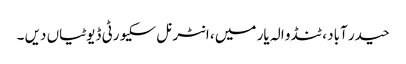
حیدر آباد ، ٹنڈو الہ یار میں ، انٹرنل سکیورٹی ڈیوٹیاں دیں ۔